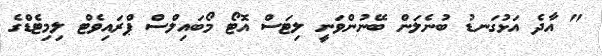
" އާދެ އަޅުގަނޑު ބުނެލަން ބޭނުންވަނީ ލިޓަސް އޮޓޯ މޯބައިލްސް ޕްރައިވެޓް ލިމިޓެޑްގެ